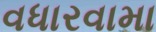
વધારવામા